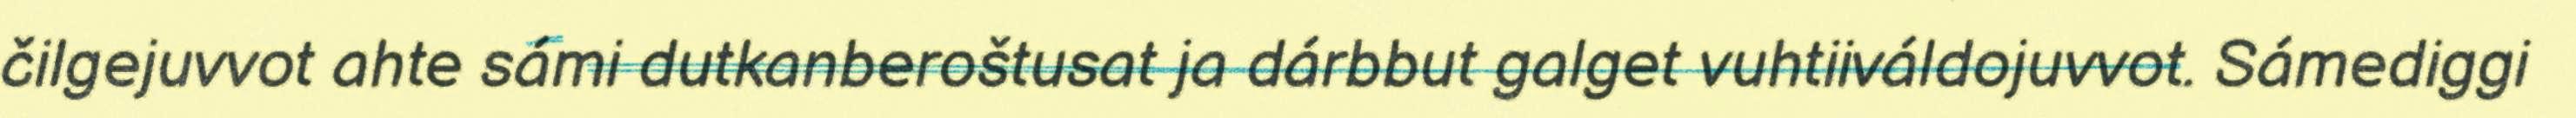
čilgejuvvot ahte sámi dutkanberoštusat ja dárbbut galget vuhtiiváldojuvvot. Sámediggi